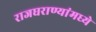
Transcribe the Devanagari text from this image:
राजघराण्यांमध्ये